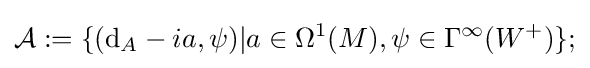
{\mathcal {A}}:=\{(\mathrm {d} _{A}-ia,\psi )|a\in \Omega ^{1}(M),\psi \in \Gamma ^{\infty }(W^{+})\};